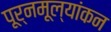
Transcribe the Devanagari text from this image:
पूर्नमूल्यांकन